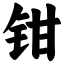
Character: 钳